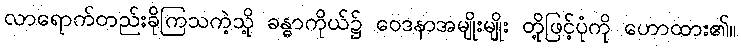
လာရောက်တည်းခိုကြသကဲ့သို့ ခန္ဓာကိုယ်၌ ဝေဒနာအမျိုးမျိုး တို့ဖြင့်ပုံကို ဟောထား၏။